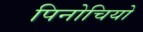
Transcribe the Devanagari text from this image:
पिनोचियो